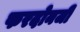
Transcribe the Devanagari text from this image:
फरदोनजी